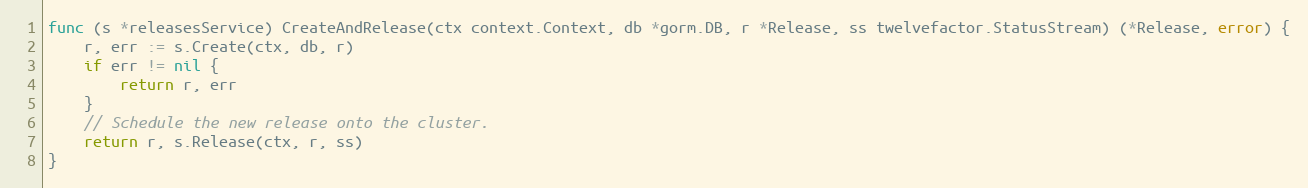
Language: Go
func (s *releasesService) CreateAndRelease(ctx context.Context, db *gorm.DB, r *Release, ss twelvefactor.StatusStream) (*Release, error) {
	r, err := s.Create(ctx, db, r)
	if err != nil {
		return r, err
	}
	// Schedule the new release onto the cluster.
	return r, s.Release(ctx, r, ss)
}